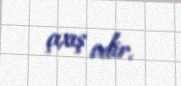
çıxış edir.